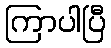
ကြာပါပြီ